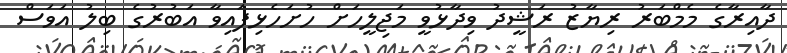
ދާއިރާގެ މެމްބަރު ރިޔާޒު ރަޝީދު ވިދާޅުވީ މަޖިލީހަށް ހުށަހެޅިފައިވާ އަބުރުގެ ބިލު އަވަސް